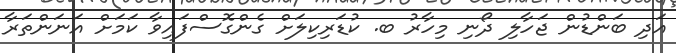
އަދި ބަންޑުން ޖަހާލި ދޯނި މިހާރު ބ. ކުޑަރިކިލަށް ގެންގޮސްފައިވާ ކަމަށް އަނަންތަރާ